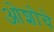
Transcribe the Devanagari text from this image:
ओशोचे